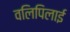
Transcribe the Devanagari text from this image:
वलिपिलाई